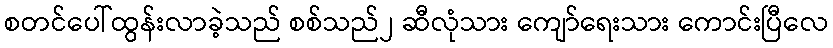
စတင်ပေါ်ထွန်းလာခဲ့သည် စစ်သည်၂ ဆီလုံသား ကျော်ရေးသား ကောင်းပြီလေ